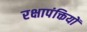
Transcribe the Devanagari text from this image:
रक्षापंक्तियों